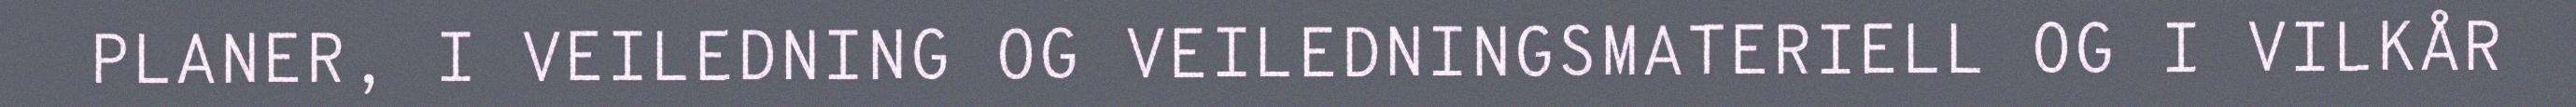
PLANER, I VEILEDNING OG VEILEDNINGSMATERIELL OG I VILKÅR